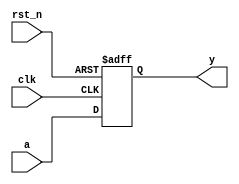
//////////////////////////////////////////////////////////////////////////////////////
// Tyler Anderson Thu Feb 13 16:11:03 EST 2014
// Pipeline of arbitrary width and depth
//////////////////////////////////////////////////////////////////////////////////////
module pline #(parameter P_WIDTH = 1,
	       parameter P_DEPTH = 1,
	       parameter P_DEFVAL = {P_WIDTH{1'b0}})
  (
   ////////// inputs //////////
   input 	      clk, // clock
   input 	      rst_n, // active low reset
   input [P_WIDTH-1:0]  a, // input
   
   ////////// outputs //////////
   output [P_WIDTH-1:0] y
   ); 
         
   reg [P_WIDTH-1:0] ff[P_DEPTH-1:0];

   integer 	     i;
   always @(posedge clk or negedge rst_n)
     if( !rst_n ) 
       for( i = 0; i < P_DEPTH; i=i+1 )
	 ff[i] <= P_DEFVAL;
     else 
       begin
	  ff[0] <= a;
	  for( i = 1; i < P_DEPTH; i=i+1 )
	    ff[i] <= ff[i-1];
       end
   assign y = ff[P_DEPTH-1];
endmodule // pline